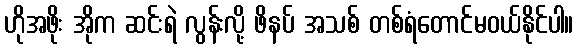
ဟိုအဖိုး အိုက ဆင်းရဲ လွန်းလို့ ဖိနပ် အသစ် တစ်ရံတောင်မဝယ်နိုင်ပါ။